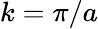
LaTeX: k=\pi/a